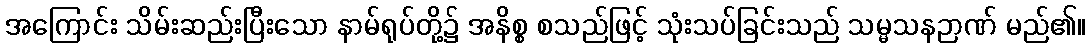
အကြောင်း သိမ်းဆည်းပြီးသော နာမ်ရုပ်တို့၌ အနိစ္စ စသည်ဖြင့် သုံးသပ်ခြင်းသည် သမ္မသနဉာဏ် မည်၏။